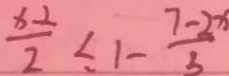
\frac { x - 2 } { 2 } < 1 - \frac { 7 - 2 x } { 3 }